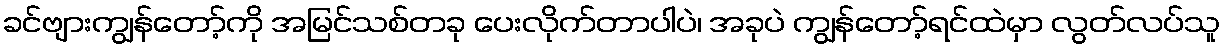
ခင်ဗျားကျွန်တော့်ကို အမြင်သစ်တခု ပေးလိုက်တာပါပဲ၊ အခုပဲ ကျွန်တော့်ရင်ထဲမှာ လွတ်လပ်သူ